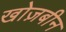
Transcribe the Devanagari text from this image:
खोज़बीन